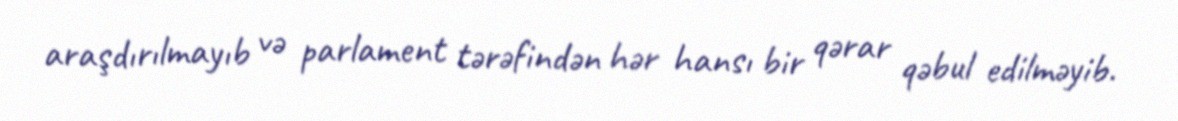
araşdırılmayıb və parlament tərəfindən hər hansı bir qərar qəbul edilməyib.